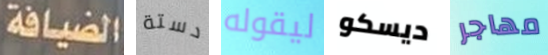
الضيافة دستة ليقوله ديسكو مهاجر